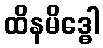
ထိနမိဒ္ဓေါ